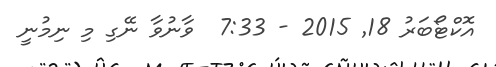
އޮކްޓޯބަރު 18